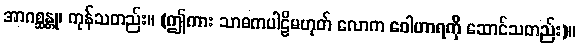
အာဂစ္ဆန္တု၊ ကုန်သတည်း။ (ဤကား သာဓကပါဠိမဟုတ် လောက ဝေါဟာရကို ဆောင်သတည်း)။